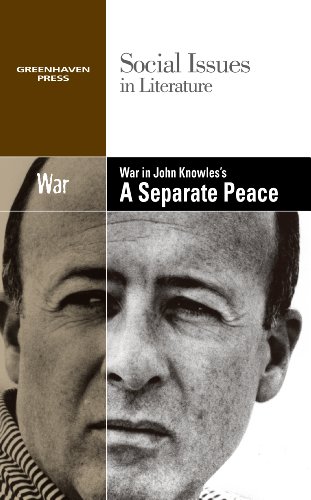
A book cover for War in John Knowles's A Separate Peace (Social Issues in Literature); Dedria Bryfonski; Teen & Young Adult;